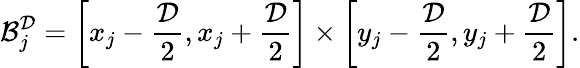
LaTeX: \mathcal{B}_{j}^{\mathcal{D}}=\left[x_{j}-\frac{\mathcal{D}}{2},x_{j}+\frac{\mathcal{D}}{2}\right]\times\left[y_{j}-\frac{\mathcal{D}}{2},y_{j}+\frac{\mathcal{D}}{2}\right].